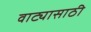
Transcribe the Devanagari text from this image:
वाट्यासाठी